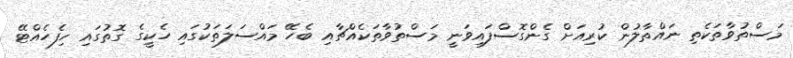
މަސްތުވާތަކެތި ނައްތާލުން ކުރިއަށް ގެންގޮސްފައިވަނީ މަސްތުވާތަކެއްޗާއި ބެހޭ މައްސަލަތަކުގައި ހެކީގެ ގޮތުގައި ހިފެހެއްޓޭ